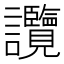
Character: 𧮤